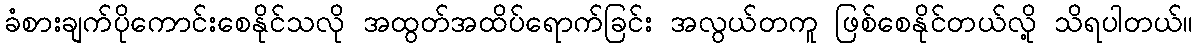
ခံစားချက်ပိုကောင်းစေနိုင်သလို အထွတ်အထိပ်ရောက်ခြင်း အလွယ်တကူ ဖြစ်စေနိုင်တယ်လို့ သိရပါတယ်။